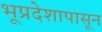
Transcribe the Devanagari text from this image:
भूप्रदेशापासून